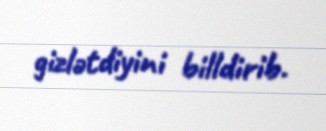
gizlətdiyini billdirib.